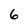
Character: 6